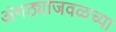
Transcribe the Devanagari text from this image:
अंगठ्याजवळच्या